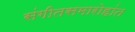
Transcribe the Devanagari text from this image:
संगीतसमारोहांत